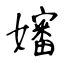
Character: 嬸